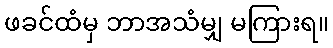
ဖခင်ထံမှ ဘာအသံမျှ မကြားရ။